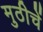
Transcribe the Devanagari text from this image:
मुठीचें